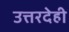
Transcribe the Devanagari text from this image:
उत्तरदेही